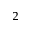
^ 2